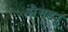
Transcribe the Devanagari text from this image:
सैगड्यू